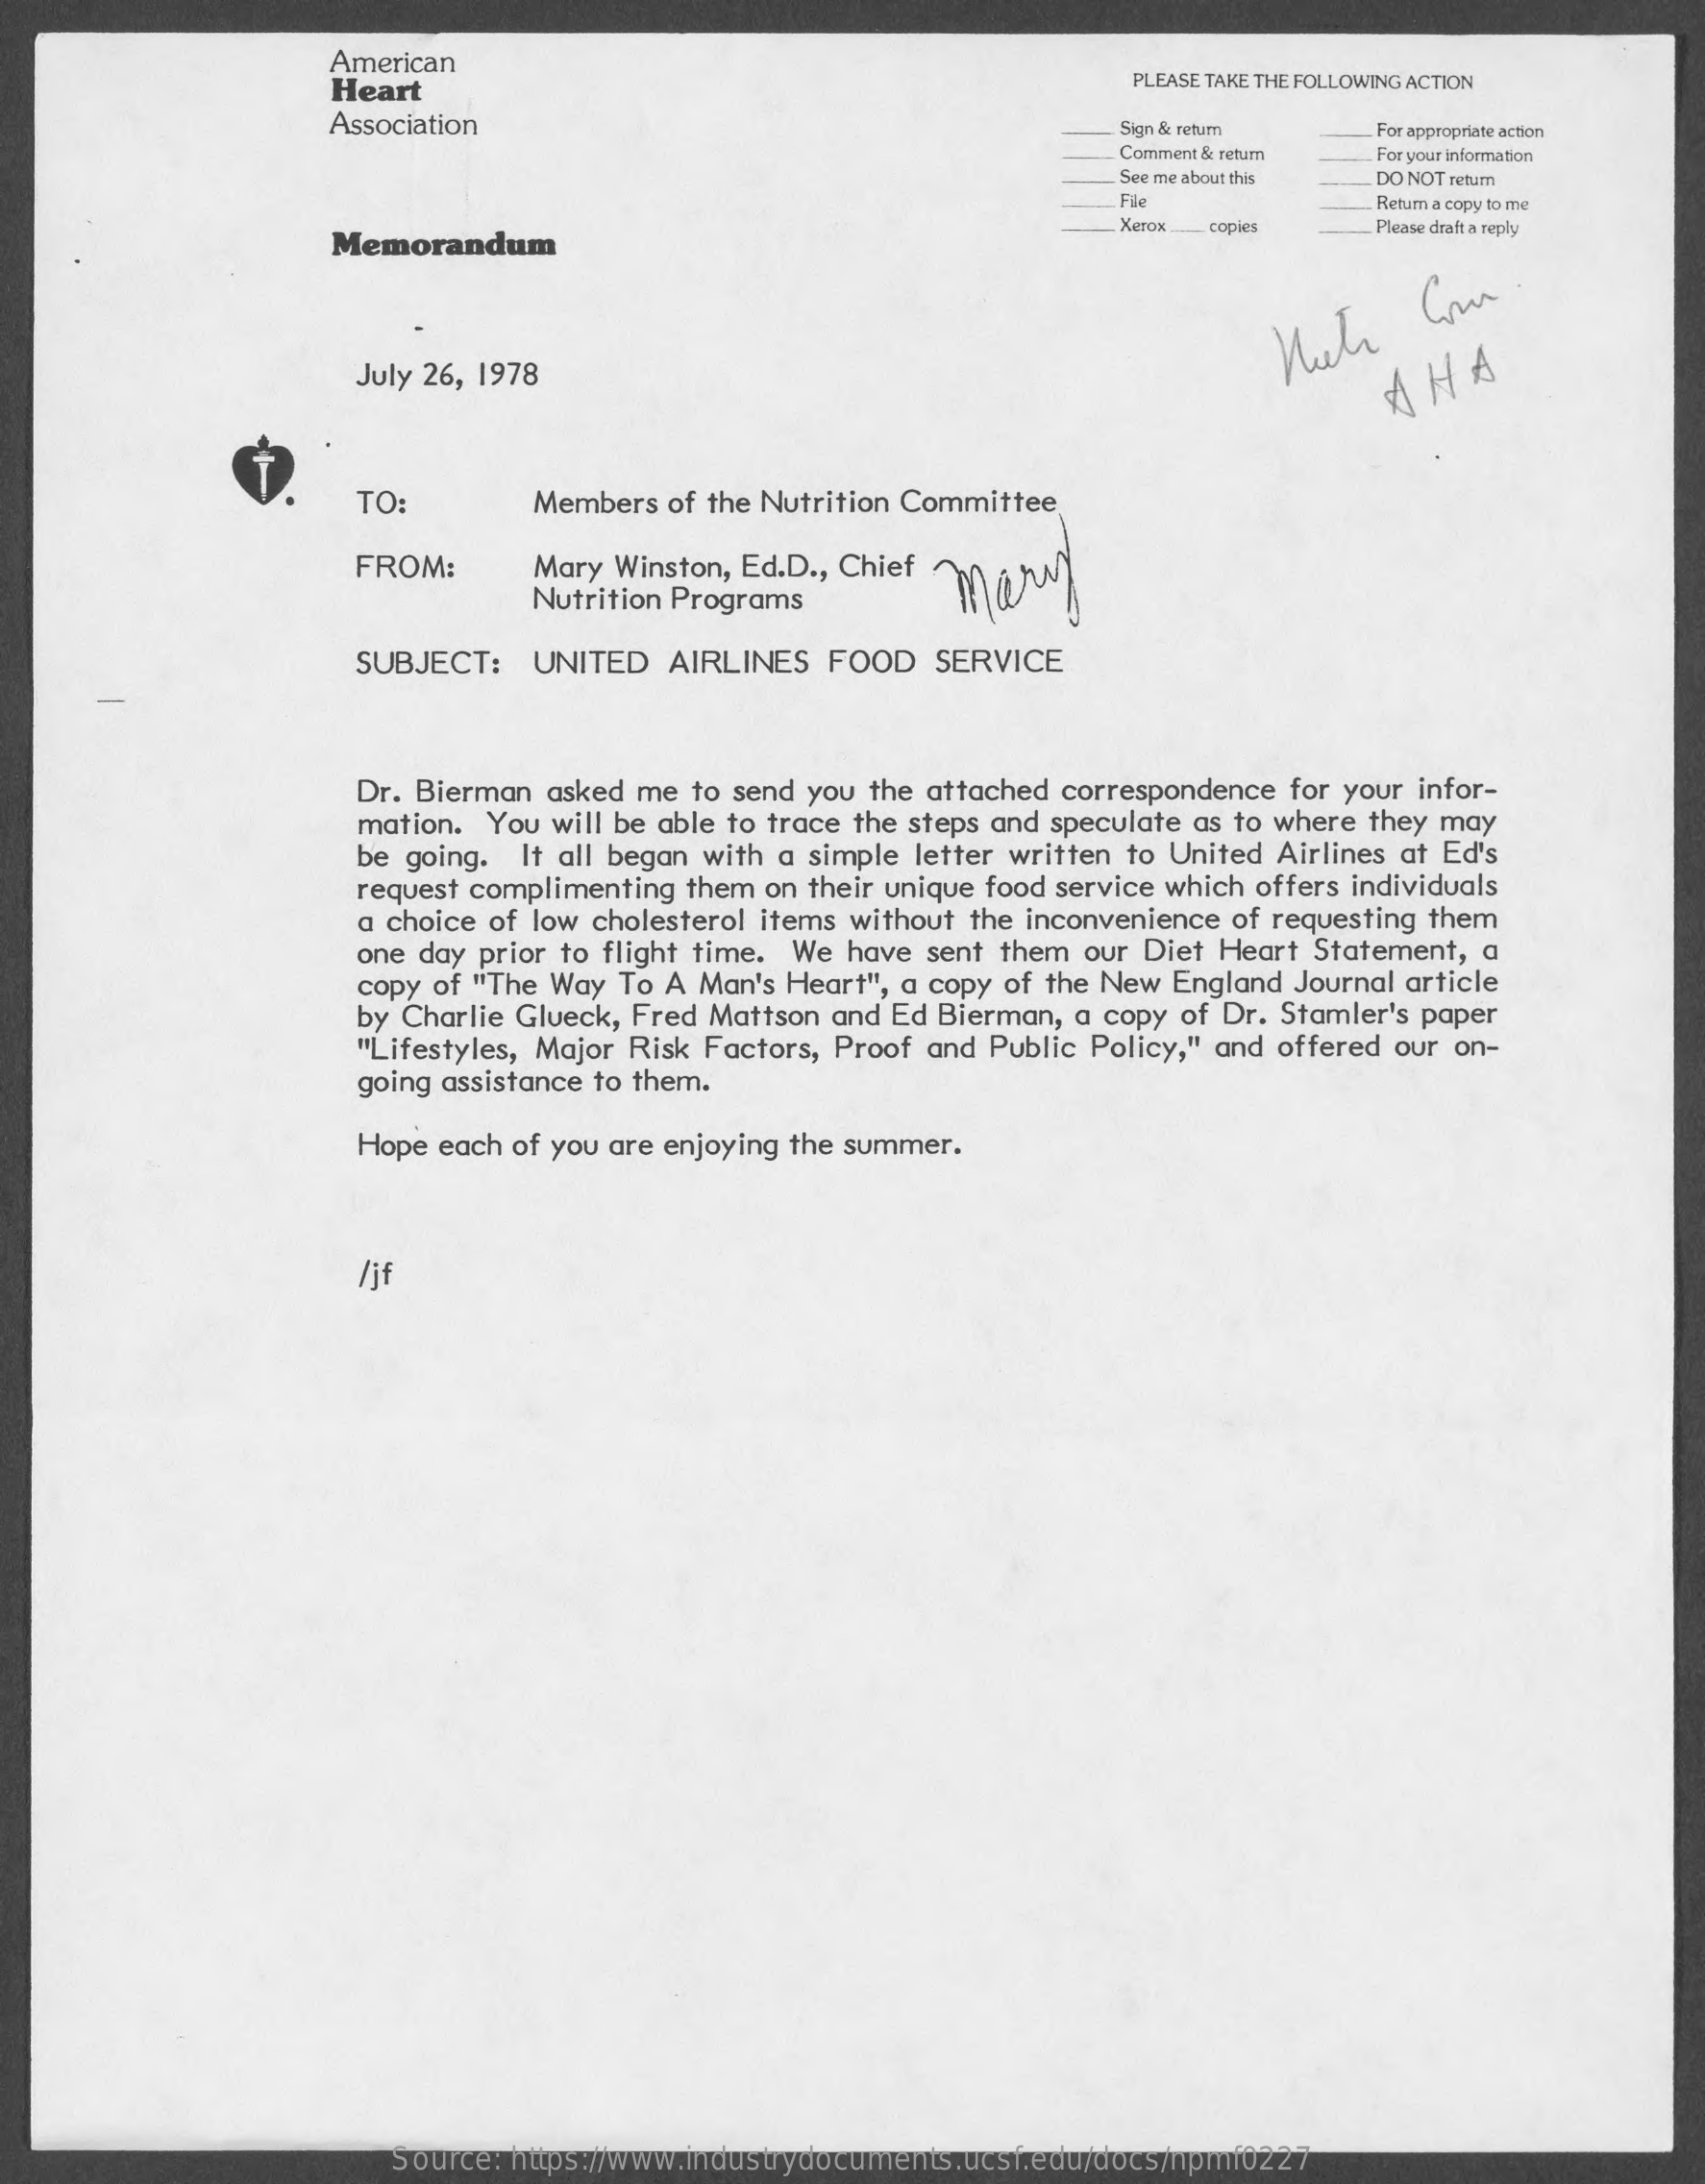
American
     Heart    PLEASE TAKE THE FOLLOWING ACTION
     Association    Sign & retum    For appropriate action
     Comment & return For your information
     See me about this DO NOT retum
     File    Retum a copy to me
     Memorandum
     Xerox copies    Please draft a reply
     July 26, 1978    AHA
     TO:    Members of the Nutrition Committee
     FROM:    Mary Winston, Ed.D ., Chief
     Nutrition Programs
     mary
     SUBJECT:   UNITED  AIRLINES FOOD   SERVICE
     Dr. Bierman asked me to send you the attached correspondence for your infor-
     mation. You will be able to trace the steps and speculate as to where they may
     be going. It all began with a simple letter written to United Airlines at Ed's
     request complimenting them on their unique food service which offers individuals
     a choice of low cholesterol items without the inconvenience of requesting them
     one day prior to flight time. We have sent them our Diet Heart Statement, a
     copy of "The Way To A Man's Heart", a copy of the New England Journal article
     by Charlie Glueck, Fred Mattson and Ed Bierman, a copy of Dr. Stamler's paper
     "Lifestyles, Major Risk Factors, Proof and Public Policy," and offered our on-
     going assistance to them.
     Hope each of you are enjoying the summer.
     /jf
     Source: https://www.industrydocuments.ucsf.edu/docs/npmf0227